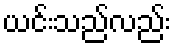
ယင်းသည်လည်း